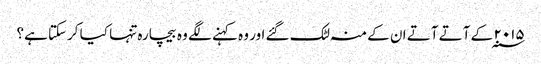
۲۰۱۵ ؁ کے آتے آتے ان کے منہ لٹک گئے اور وہ کہنے لگے وہ بیچارہ تنہا کیا کرسکتا ہے؟